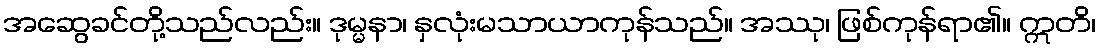
အဆွေခင်တို့သည်လည်း။ ဒုမ္မနာ၊ နှလုံးမသာယာကုန်သည်။ အဿု၊ ဖြစ်ကုန်ရာ၏။ ဣတိ၊